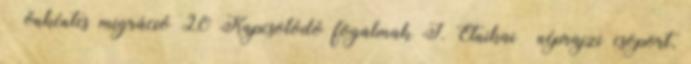
→ önkéntes migráció 20 Kapcsolódó fogalmak I. Etnikai néprajzi csoport,